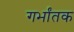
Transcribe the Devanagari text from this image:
गर्भांतक